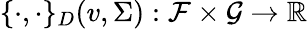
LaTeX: \{ \cdot,\cdot\} _{D}(v,\Sigma):\mathcal{F}\times\mathcal{G}\to\mathbb{R}